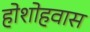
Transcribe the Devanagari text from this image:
होशोहवास